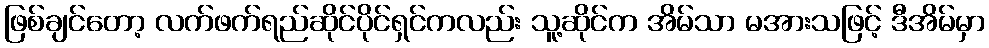
ဖြစ်ချင်တော့ လက်ဖက်ရည်ဆိုင်ပိုင်ရှင်ကလည်း သူ့ဆိုင်က အိမ်သာ မအားသဖြင့် ဒီအိမ်မှာ